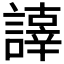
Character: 𧬕